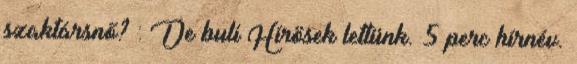
szaktársnő? : De buli Hírösek lettünk. 5 perc hírnév.